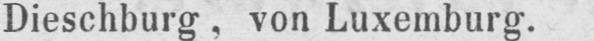
Dieschburg, von Luxemburg.